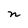
Character: n